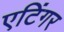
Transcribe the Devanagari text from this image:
एटिंगर